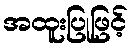
အထူးပြုဖြင့်